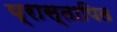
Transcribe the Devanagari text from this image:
प्रास्तापित